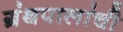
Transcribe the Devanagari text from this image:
ग्रंथपालांची